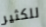
للكثير